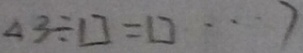
4 3 \div \square = \square \cdots 7